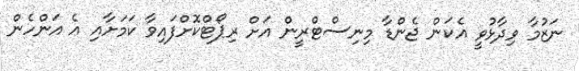
ނަޒުމާ ވިދާޅުވީ އެކަން ޖެންޑާ މިނިސްޓްރީން އަށް ރިޕޯޓްކޮށްފައިވާ ކަމަށާއި އެ އަންހެން